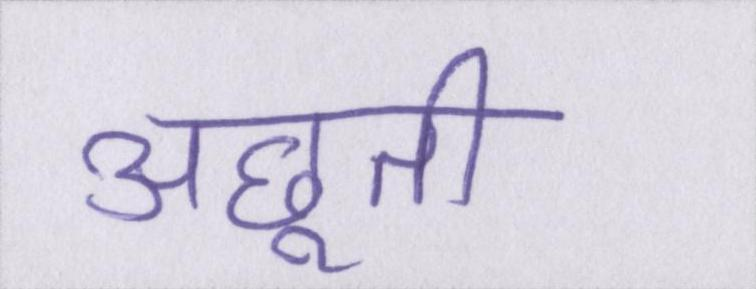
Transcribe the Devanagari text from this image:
अछूती